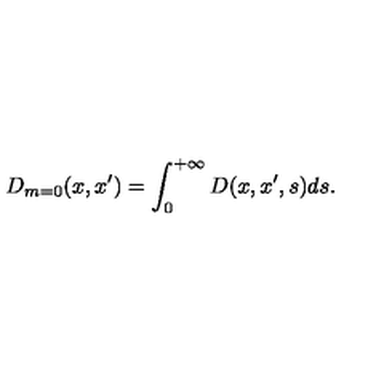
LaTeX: D _ { m = 0 } ( x , x ^ { \prime } ) = \int _ { 0 } ^ { + \infty } D ( x , x ^ { \prime } , s ) d s .